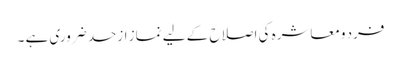
فرد ومعاشرہ کی اصلاح کے لیے نماز ازحد ضروری ہے ۔